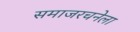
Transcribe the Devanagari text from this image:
समाजरचनेला